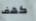
كهف